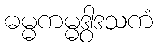
ဓမ္မကမ္မဒွါဒသကံ